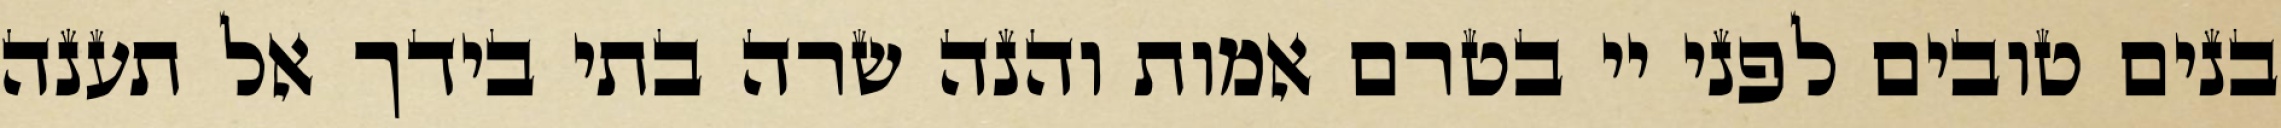
בנים טובים לפני יי בטרם אמות והנה שרה בתי בידך אל תענה